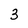
Character: 3